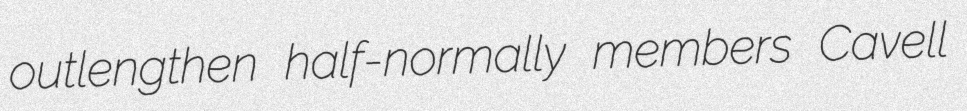
outlengthen half-normally members Cavell